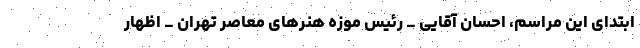
ابتدای این مراسم، احسان آقایی _ رئیس موزه هنرهای معاصر تهران _ اظهار